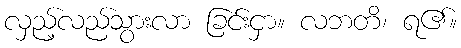
လှည့်လည်သွားလာ ခြင်းငှာ။ လဘတိ၊ ရ၏။